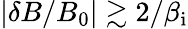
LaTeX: |\delta B/B_{0}|\gtrsim 2/\beta_{\mathrm{i}}